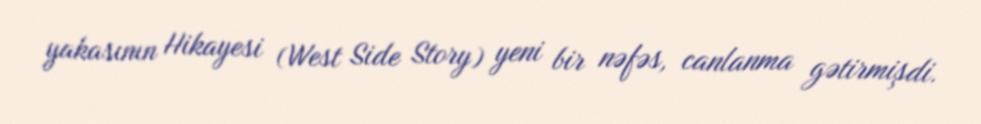
yakasının Hikayesi (West Side Story) yeni bir nəfəs, canlanma gətirmişdi.